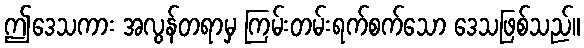
ဤဒေသကား အလွန်တရာမှ ကြမ်းတမ်းရက်စက်သော ဒေသဖြစ်သည်။